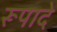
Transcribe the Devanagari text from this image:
रूपादे